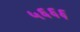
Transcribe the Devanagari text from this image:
५६६६